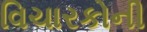
વિચારકોની